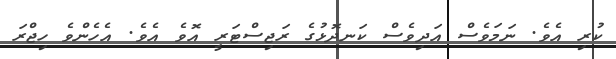
ކުރި އެވެ. ނަމަވެސް އަދިވެސް ކަނދޮޅުގެ ރަޖިސްޓަރީ އޮވެ އެވެ. އެހެންވެ ހިޖްރަ